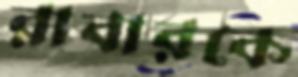
রাবারকে